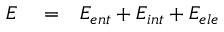
\begin{array} { r l r } { E } & { { } = } & { E _ { e n t } + E _ { i n t } + E _ { e l e } } \end{array}